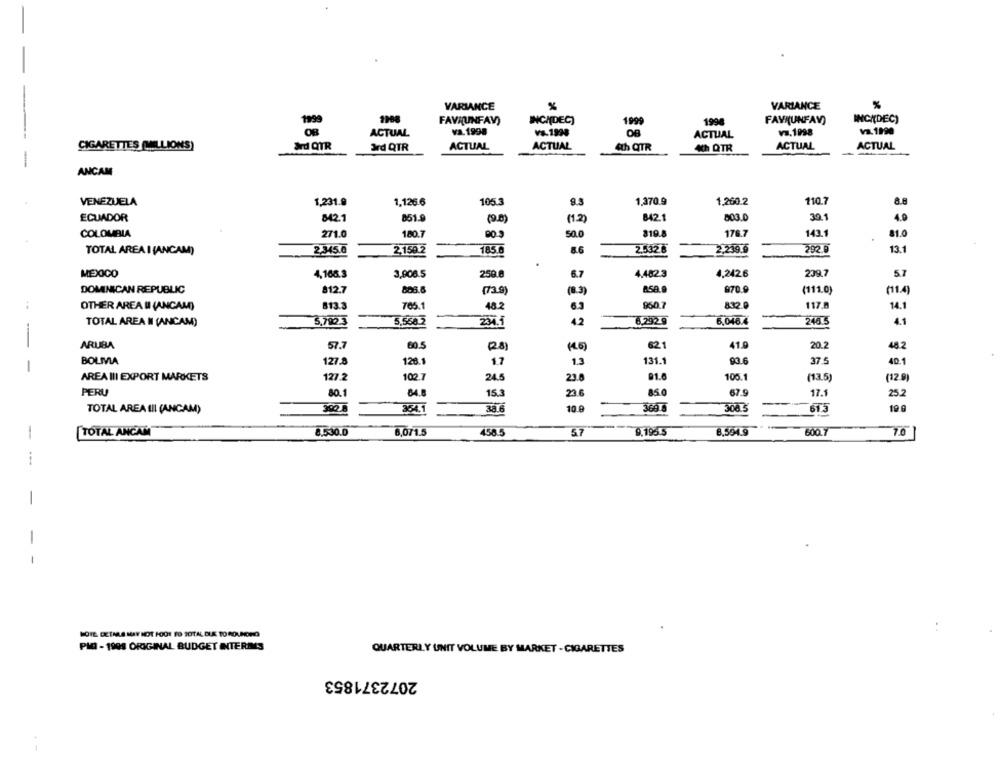
VARIANCE
%
VARIANCE
%
-
FAVAUNFAV)
INCIDEC)
1999
1996
FAVR(UNFAV)
INCI(DEC)
va. 1998
Va.1990
ACTUAL
VS.1998
ACTUAL
va.1998
CIGARETTES (MILLIONS)
&rd QTR
Ird QTR
ACTUAL
ACTUAL
4th QTR
ACTUAL
ACTUAL
Ich QTR
-
ANCAM
VENEZUELA
1,231.9
1,126.6
105.3
1.370.9
1.260.2
110.7
30.1
ECUADOR
842.1
851.9
(9.0)
(1.2)
842.1
803.0
4.9
COLOMBIA
271.0
180.7
50.0
819.8
178.7
143.
81.0
TOTAL AREA I (ANCAM)
2,345.6
2,159.2
185.6
86
2.5326
2.239.6
13.1
.
MEXICO
4,168.5
3,906.5
250 8
6.7
4.482 3
4,242.6
239.7
57
DOMINICAN REPUBLIC
812.7
806.8
(83)
B.5Q.
870.9
(111.0)
(11.4)
OTHER AREA II (ANCAM)
813.3
705.1
48.2
6.3
950.7
117.8
14.1
TOTAL AREA I (ANCAM)
5,792.3
5.560
234.1
4.2
6,2929
6,048.4
246.5
4.1
-
ARUBA
57.7
60.5
(46)
621
41.9
20.2
48.2
(23)
BOLMA
127.8
126.1
1.7
1.3
131.1
93.6
37.5
40.1
-
AREA III EXPORT MARKETS
127.2
102.7
24.5
23.8
91.6
100.1
(13.5)
(12 9)
PERU
80.1
84.8
15.3
23.6
85.0
67.9
17.1
25.2
300
38.6
10.0
3607
308 3
19 0
TOTAL AREA III (ANCAM)
364.1
6T5
600.
70
1
TOTAL ANCAM
8.530.0
8,071.5
458 5
57
9.195.5
8,594.9
-
-
HOTE DETNLS MAY NOT FOOT FO TOTAL DUE TO ROUNDING
PMI - 1999 ORIGINAL BUDGET INTERIMS
QUARTERLY UNIT VOLUME BY MARKET - CIGARETTES
2072371853